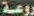
روعة